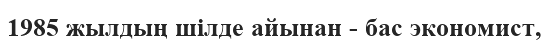
1985 жылдың шілде айынан - бас экономист,